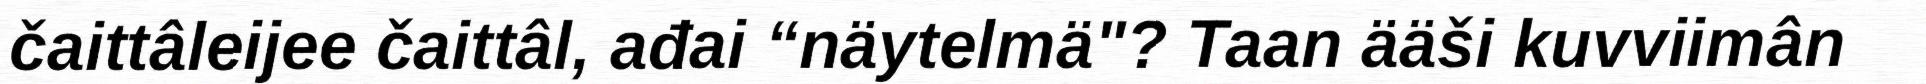
čaittâleijee čaittâl, ađai “näytelmä"? Taan ääši kuvviimân